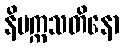
နိပက္ကသတိနော